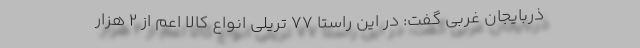
ذربایجان غربی گفت: در این راستا 77 تریلی انواع کالا اعم از 2 هزار